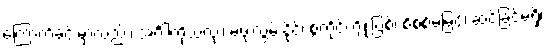
ကြောက်ခင်းမှာလည်း၊ အင်္ဂါကိုယ်လုံး၊ မဖုံးလွှမ်းနိုင်၊ စွဲကိုင်ကျိုးပြစ်၊ စိစစ်မမြင်၊ ဆင်ခြင်မရှိ၊